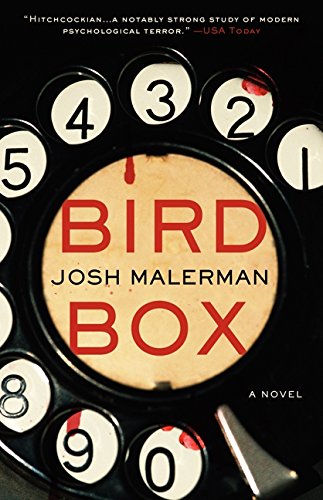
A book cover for Bird Box: A Novel; Josh Malerman; Science Fiction & Fantasy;